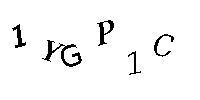
1YGP1C